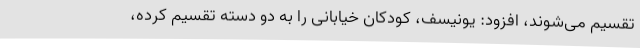
تقسیم می‌شوند، افزود: یونیسف، کودکان خیابانی را به دو دسته تقسیم کرده،